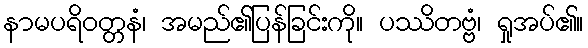
နာမပရိဝတ္တနံ၊ အမည်၏ပြန်ခြင်းကို။ ပဿိတဗ္ဗံ၊ ရှုအပ်၏။